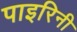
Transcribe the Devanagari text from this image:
पाइरिनी